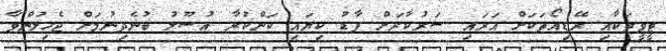
ޓީވީތަކާއި ރޭޑިއޯތަކަށް އަރައި ސަރުކާރަށް ފާޑު ކިޔައި ކަންކުރާ އުސޫލު ބުނެދިނުމަށް ޖެހިލުންވާ